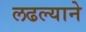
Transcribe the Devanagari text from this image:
लढल्याने